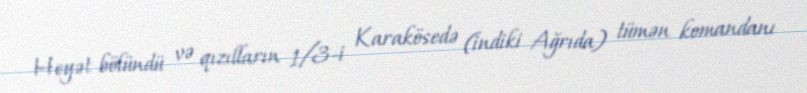
Heyət bölündü və qızılların 1/3-i Karakösedə (indiki Ağrıda) tümən komandanı